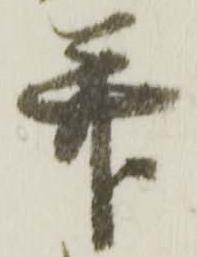
并